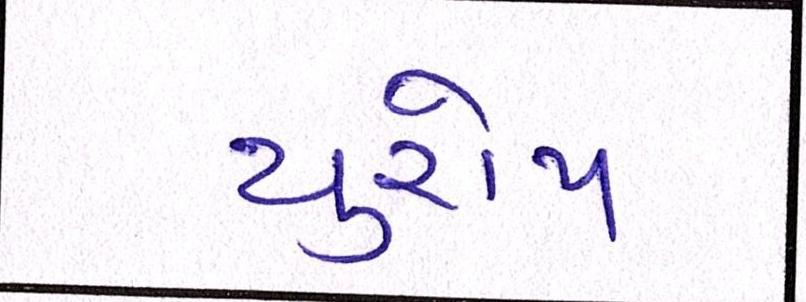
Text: યુરોપ